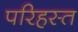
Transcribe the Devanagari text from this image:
परिहस्त